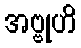
အဗ္ဗုဟိ